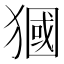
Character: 𤡓